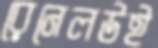
রেনেলউই